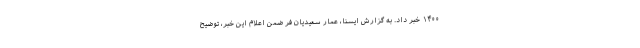
۱۴۰۰ خبر داد. به گزارش ایسنا، عمار سعیدیان فر ضمن اعلام این خبر، توضیح